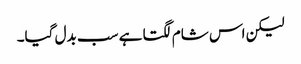
لیکن اس شام لگتا ہے سب بدل گیا۔